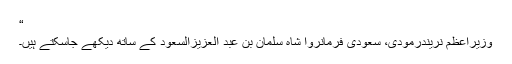
“
وزیراعظم نریندرمودی، سعودی فرمانروا شاہ سلمان بن عبد العزیزالسعود کے ساتھ دیکھے جاسکتے ہیں۔